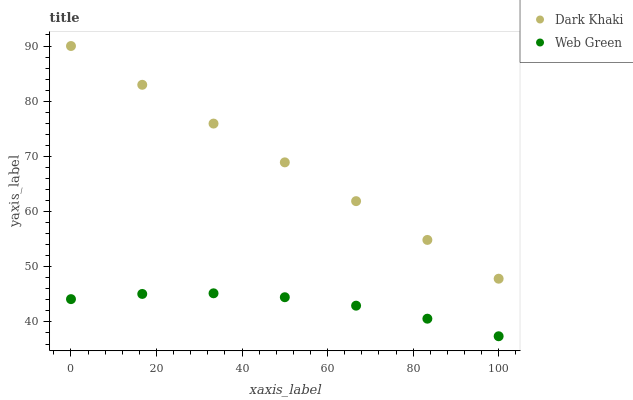
| xaxis_label | Dark Khaki | Web Green |
 | --- | --- | --- |
 | 0 | 90 | 44.1 |
 | 16.7 | 83 | 45.1 |
 | 33.3 | 75.9 | 45.2 |
 | 50 | 68.9 | 44.5 |
 | 66.7 | 61.9 | 42.9 |
 | 83.3 | 54.9 | 40.6 |
 | 100 | 47.8 | 37.4 |